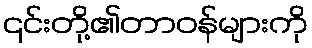
၎င်းတို့၏တာဝန်များကို